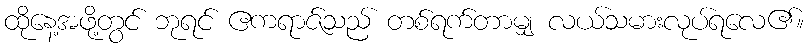
ထိုနေ့အဖို့တွင် ဘုရင် ဧကရာဇ်သည် တစ်ရက်တာမျှ လယ်သမားလုပ်ရလေ၏။